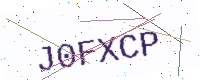
Text: J0FXCP